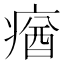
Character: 𤸈